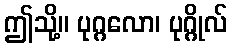
ဤသို့။ ပုဂ္ဂလော၊ ပုဂ္ဂိုလ်